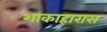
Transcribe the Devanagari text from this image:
शाकाहारास